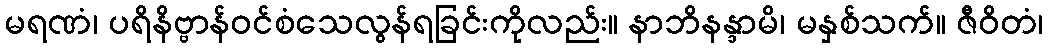
မရဏံ၊ ပရိနိဗ္ဗာန်ဝင်စံသေလွန်ရခြင်းကိုလည်း။ နာဘိနန္ဒာမိ၊ မနှစ်သက်။ ဇီဝိတံ၊